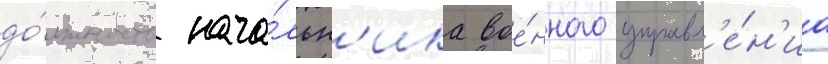
до́лжность нача́льн'ика вое́нного управл'е́н'иа